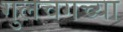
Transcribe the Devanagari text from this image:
गुलचगच्या